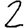
Digit: 2